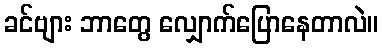
ခင်ဗျား ဘာတွေ လျှောက်ပြောနေတာလဲ။